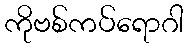
ကိုဗစ်ကပ်ရောဂါ